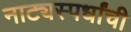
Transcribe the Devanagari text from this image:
नाट्यस्पर्धांची